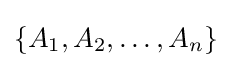
\{A_{1},A_{2},\ldots ,A_{n}\}